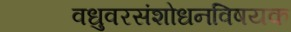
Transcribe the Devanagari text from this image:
वधुवरसंशोधनविषयक